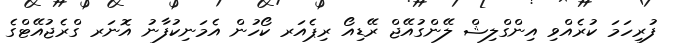
ފުރިހަމަ ކުރެއްވި އިންގްލިޝް ލޭންގުއޭޖް ރޭޑިއޯ ރިޕެއަރ ކޯހުން އެމަނިކުފާނު އޮނަރ ގްރެޖުއޭޓްގެ